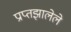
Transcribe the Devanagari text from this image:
प्राप्तझालेले